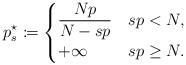
LaTeX: \begin{align*}p_s^\star\coloneqq\begin{cases} \dfrac{Np}{N-sp} & sp<N,\\ +\infty & sp\ge N.\\\end{cases}\end{align*}